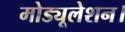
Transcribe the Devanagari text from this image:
मोड्यूलेशन।